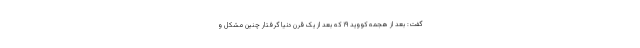
گفت: بعد از هجمه کووید ۱۹ که بعد از یک قرن دنیا گرفتار چنین مشکل و